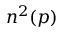
n ^ { 2 } ( p )